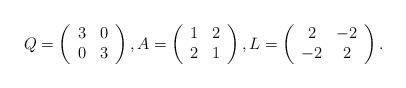
LaTeX: \begin{align*}Q=\left(\begin{array}{cc} 3 & 0 \\ 0 & 3 \end{array}\right),A=\left(\begin{array}{ccc} 1 & 2 \\ 2 & 1 \end{array}\right),L=\left(\begin{array}{ccc} 2 & -2 \\ -2 & 2 \end{array}\right).\end{align*}